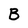
Character: B